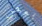
بعض